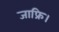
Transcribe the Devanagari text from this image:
जाफ्रि।